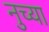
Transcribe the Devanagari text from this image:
नुच्या